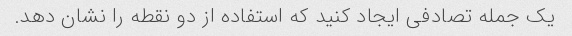
یک جمله تصادفی ایجاد کنید که استفاده از دو نقطه را نشان دهد.